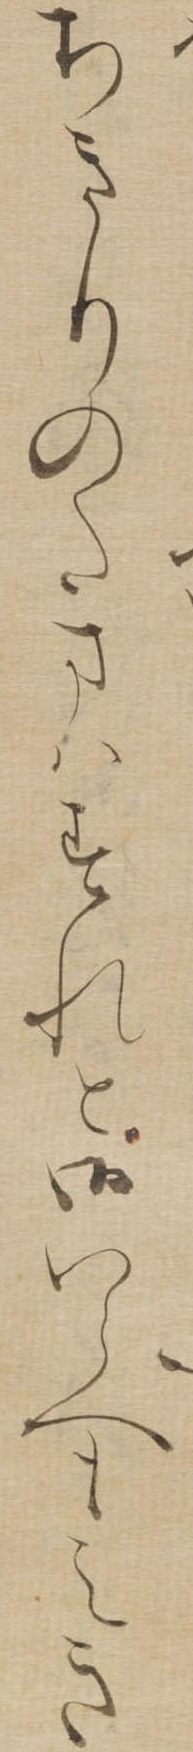
ちきりのたまはすれと御いらへもえき